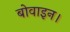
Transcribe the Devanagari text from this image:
बोवाइन।